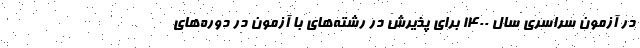
در آزمون‌ سراسری سال ۱۴۰۰ برای پذیرش در رشته‌های با آزمون در دوره‌های